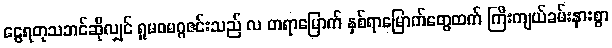
ငွေရတုသဘင်ဆိုလျှင် ရှုမဝမဂ္ဂဇင်းသည် လ တရာမြောက် နှစ်ရာမြောက်တွေထက် ကြီးကျယ်ခမ်းနားစွာ